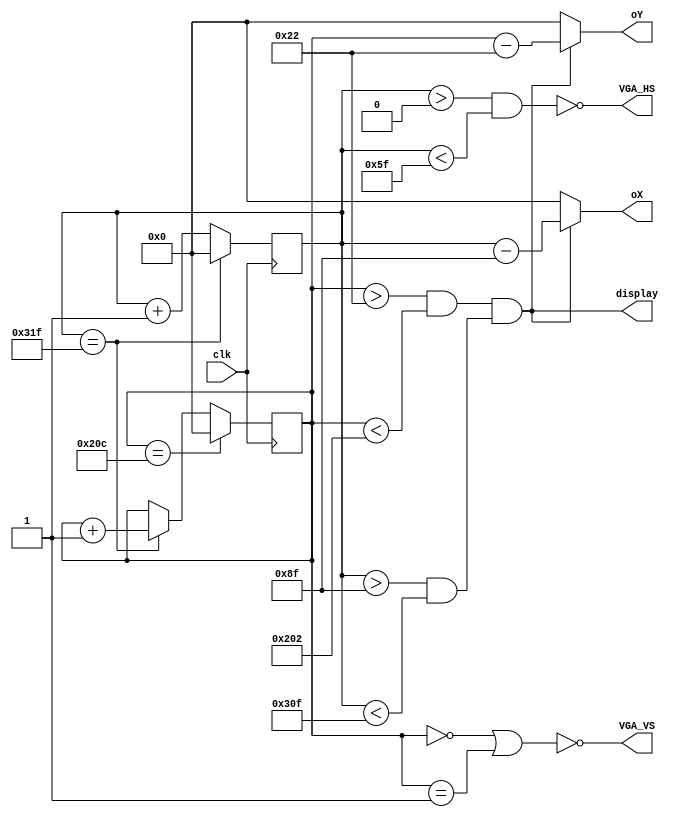
module vga(clk, VGA_HS, VGA_VS, display, oX, oY);
input clk;
output VGA_HS, VGA_VS;
output display;
output [9:0] oX, oY;
reg [9:0]x,y;

assign display = ((y>34 && y<514) && (x>143 && x<783));
assign oX = display?x-143:0;
assign oY = display?y-34:0;
wire line, frame;
assign line = (x==799);
assign frame = (y==524);
always@(posedge clk)
	if(line)
		x <= 0;
	else
		x <= x + 1;
always@(posedge clk)
	if (frame)
		y <= 0;
	else if (line)
		y <= y + 1;

assign VGA_HS = ~(x>0 && x<95);
assign VGA_VS = ~(y==0 || y==1);
endmodule